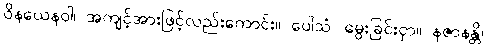
ဝိနယေနဝါ၊ အကျင့်အားဖြင့်လည်းကောင်း။ ပေါသံ၊ မွေးခြင်းငှာ။ နဇာနန္တိ၊